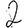
Digit: 2